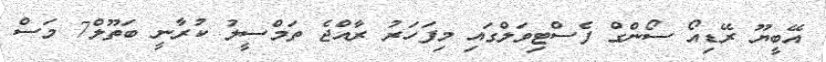
އޭބީޔޫ ރޭޑިއޯ ސޯންގް ފެސްޓިވަލްގައި މިފަހަރު ރާއްޖެ ތަމްސީލު ކުރާނީ ބަތޫލް7 މަސް